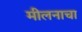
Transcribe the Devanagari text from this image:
मीलनाचा